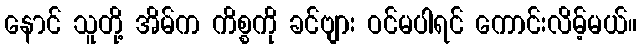
နောင် သူတို့ အိမ်က ကိစ္စကို ခင်ဗျား ဝင်မပါရင် ကောင်းလိမ့်မယ်။